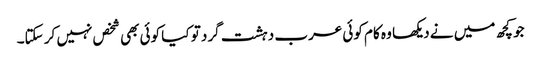
جو کچھ میں نے دیکھا وہ کام کوئی عرب دہشت گرد تو کیا کوئی بھی شخص نہیں کر سکتا۔